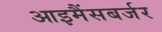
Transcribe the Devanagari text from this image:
आइमैंसबर्जर